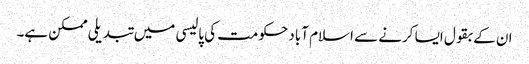
ان کے بقول ایسا کرنے سے اسلام آباد حکومت کی پالیسی میں تبدیلی ممکن ہے۔